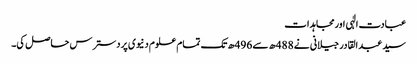
عبادت الٰہی اورمجاہدات
سید عبد القادر جیلانی نے 488ھ سے 496ھ تک تمام علوم دنیوی پردسترس حاصل کی۔